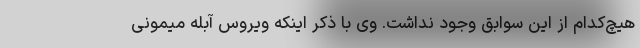
هیچ‌کدام از این سوابق وجود نداشت. وی با ذکر اینکه ویروس آبله میمونی